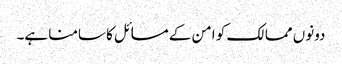
دونوں ممالک کو امن کے مسائل کا سامنا ہے۔